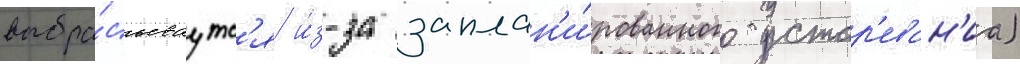
выбра́сываутс'я и́з-за заплан'и́рованного устар'еван'иа)